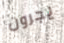
يجرون